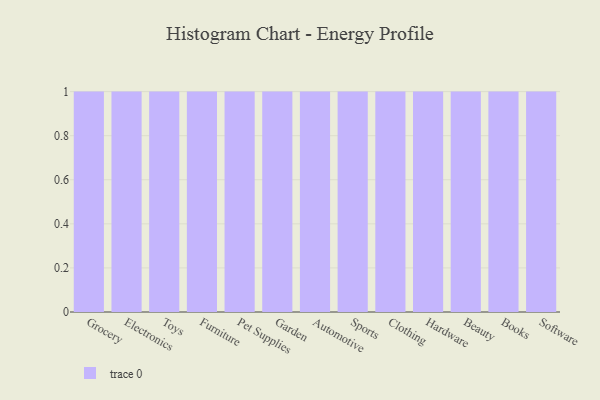
{"axis": {"x": "Category", "y": "Market Share (%)"}, "legend": [""], "data": [{"x": "Grocery", "y": 47, "type": ""}, {"x": "Electronics", "y": 87, "type": ""}, {"x": "Toys", "y": 55, "type": ""}, {"x": "Furniture", "y": 58, "type": ""}, {"x": "Pet Supplies", "y": 100, "type": ""}, {"x": "Garden", "y": 86, "type": ""}, {"x": "Automotive", "y": 51, "type": ""}, {"x": "Sports", "y": 77, "type": ""}, {"x": "Clothing", "y": 85, "type": ""}, {"x": "Hardware", "y": 10, "type": ""}, {"x": "Beauty", "y": 56, "type": ""}, {"x": "Books", "y": 57, "type": ""}, {"x": "Software", "y": 86, "type": ""}]}